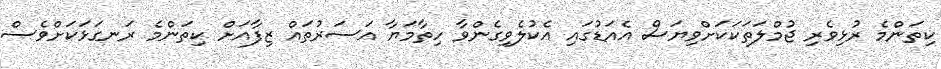
ކިތަންމެ ރުޅިވެރި ޖުމްލަތަކަކަށްވިޔަސް އެއަޑުގައި އެކުލެވިގެންވާ ހިތާމަޔާ އަސަރުތައް ޒިފާއަށް ކިތަންމެ ރަނގަޅަކަށްވެސް